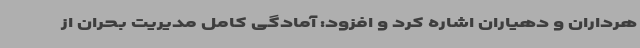
هرداران و دهیاران اشاره کرد و افزود: آمادگی کامل مدیریت بحران از